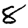
Digit: 8